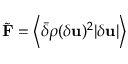
\tilde { \bf F } = \left\langle \bar { \delta } \rho ( \delta { \bf u } ) ^ { 2 } | \delta { \bf u } | \right\rangle